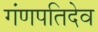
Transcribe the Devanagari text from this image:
गंणपतिदेव